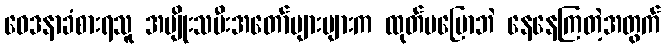
ဝေဒနာခံစားရသူ အမျိုးသမီးအတော်များများက ထုတ်မပြောဘဲ နေနေကြတဲ့အတွက်